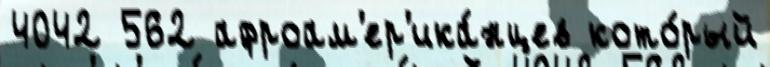
4042 562 афроам'ер'ика́нцев кото́рый